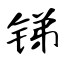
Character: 锑